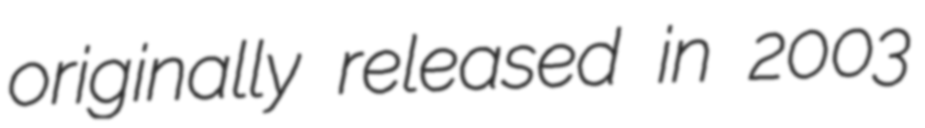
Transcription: originally released in 2003